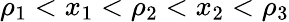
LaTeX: \rho_{1}<x_{1}<\rho_{2}<x_{2}<\rho_{3}